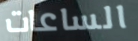
الساعات